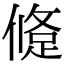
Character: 𨁀